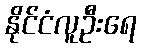
နိုင်ငံလူဦးရေ